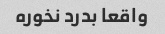
واقعا بدرد نخوره